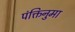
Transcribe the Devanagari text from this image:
पंक्तिनुमा